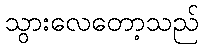
သွားလေတော့သည်